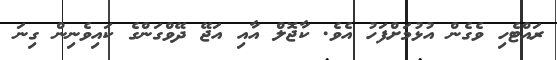
ރައްޓެހި ވެގެން އުޅުމަށްފަހު އެވެ. ކާޖޮލް އާއި އަޖޭ ދޭވްގަންގެ ކައިވެނިން ގިނަ